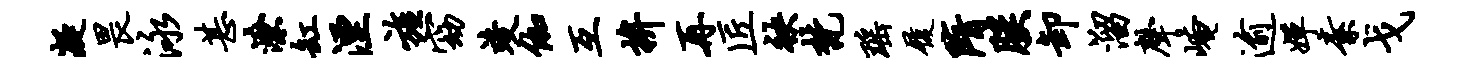
凝畏泳甚潦缸湮旌窈竣伽互拚再匠袂梵瑶履隋朕卸溜声崦逾婵素戈